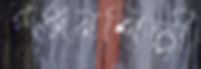
রঞ্জনশিল্পী